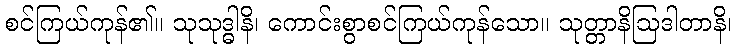
စင်ကြယ်ကုန်၏။ သုသုဒ္ဓါနိ၊ ကောင်းစွာစင်ကြယ်ကုန်သော။ သုတ္တာနိဩဒါတာနိ၊